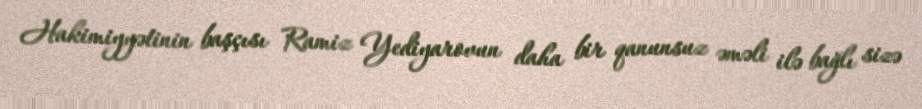
Hakimiyyətinin başçısı Ramiz Yediyarovun daha bir qanunsuz əməli ilə bağlı sizə